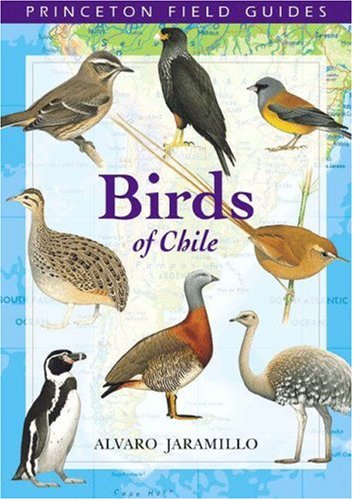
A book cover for Birds of Chile (Princeton Field Guides); Alvaro Jaramillo; Science & Math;